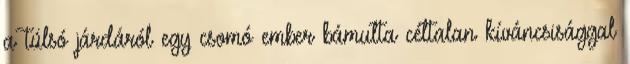
a túlsó járdáról egy csomó ember bámulta céltalan kíváncsisággal